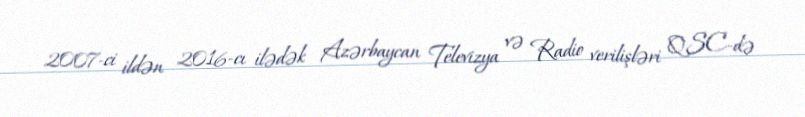
2007-ci ildən 2016-cı ilədək Azərbaycan Televizya və Radio verilişləri QSC-də